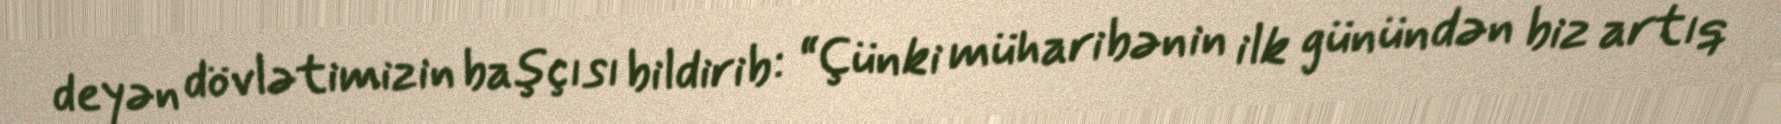
deyən dövlətimizin başçısı bildirib: “Çünki müharibənin ilk günündən biz artıq